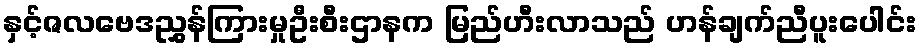
နှင့်ဇလဗေဒညွှန်ကြားမှုဦးစီးဌာနက မြည်ဟီးလာသည် ဟန်ချက်ညီပူးပေါင်း